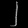
Digit: ၂